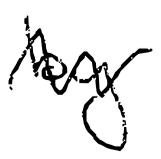
Text: by
Cross-out: zig-zag
Writing tool: digital_black